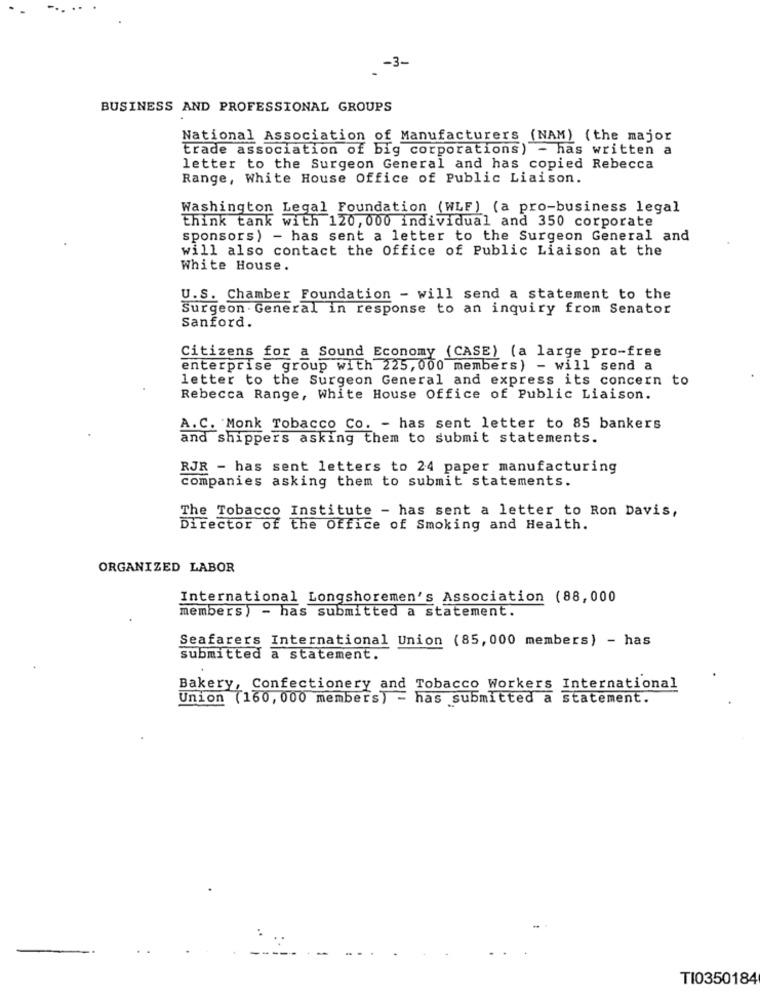
-3-
BUSINESS AND PROFESSIONAL GROUPS
National Association of Manufacturers (NAM) (the major
trade association of big corporations) - has written a
letter to the Surgeon General and has copied Rebecca
Range, White House Office of Public Liaison.
Washington Legal Foundation (WLF) (a pro-business legal
think tank with 120, 000 individual and 350 corporate
sponsors) - has sent a letter to the Surgeon General and
will also contact the Office of Public Liaison at the
White House.
U.S. Chamber Foundation - will send a statement to the
Surgeon General in response to an inquiry from Senator
Sanford.
Citizens for a Sound Economy (CASE) (a large pro-free
enterprise group with 225, 000 members) - will send a
letter to the Surgeon General and express its concern to
Rebecca Range, White House Office of Public Liaison.
A. C. Monk Tobacco Co. - has sent letter to 85 bankers
and shippers asking them to submit statements.
RJR - has sent letters to 24 paper manufacturing
companies asking them to submit statements.
The Tobacco Institute - has sent a letter to Ron Davis,
Director of the Office of Smoking and Health.
ORGANIZED LABOR
International Longshoremen's Association (88,000
members) - has submitted a statement.
Seafarers International Union (85, 000 members) - has
submitted a statement.
Bakery, Confectionery and Tobacco Workers International
Union (160, 000 members) = has submitted a statement.
TI0350184